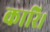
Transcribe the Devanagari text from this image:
कारि।